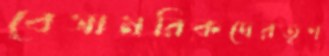
বেসামরিকদেরতৃণ